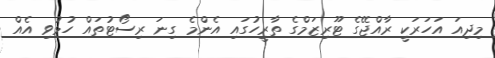
މިދިއަ އަހަރަކީ ރާއްޖޭގެ ޓޫރިޒަމްގެ ތާރީހުގައި އެންމެ ގިނަ ރިސޯޓުތައް ހުޅުވި އެއް